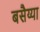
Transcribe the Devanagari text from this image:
बसैय्या